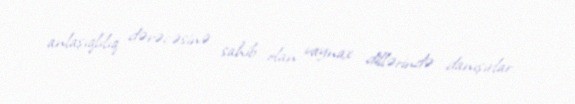
anlaşıqlılıq dərəcəsinə sahib olan vaynax dillərində danışırlar.